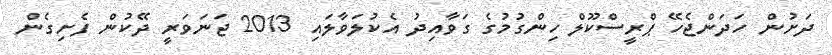
ދަށުން ހަދަންޖެހޭ ޕްރީސްކޫލް ހިންގުމުގެ ގަވާއިދު އެކުލަވާލައި 2013 ޖަނަވަރީ ދޭކުން ފެށިގެން